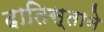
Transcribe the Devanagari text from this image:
दातिस्ताने